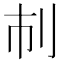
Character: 𠚷